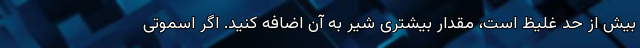
بیش از حد غلیظ است، مقدار بیشتری شیر به آن اضافه کنید. اگر اسموتی